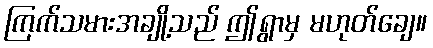
ကြက်သမားအချို့သည် ဤရွာမှ မဟုတ်ချေ။